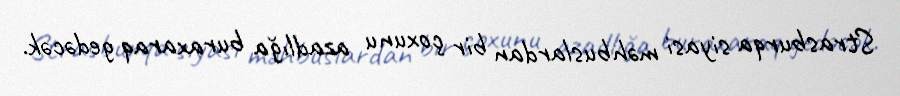
Strasburqa siyasi məhbuslardan bir çoxunu azadlığa buraxaraq gedəcək.